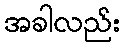
အခါလည်း